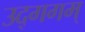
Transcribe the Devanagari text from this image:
उद्गगम्